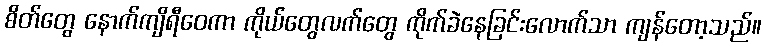
စိတ်တွေ နောက်ကျိရီဝေကာ ကိုယ်တွေလက်တွေ ကိုက်ခဲနေခြင်းလောက်သာ ကျန်တော့သည်။